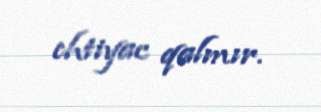
ehtiyac qalmır.